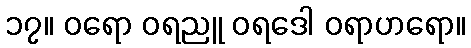
၁၇။ ဝရော ဝရညူ ဝရဒေါ ဝရာဟရော။